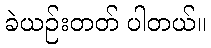
ခဲယဉ်းတတ် ပါတယ်။